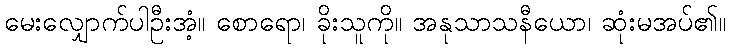
မေးလျှောက်ပါဦးအံ့။ စောရော၊ ခိုးသူကို။ အနုသာသနီယော၊ ဆုံးမအပ်၏။